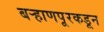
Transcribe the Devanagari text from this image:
बऱ्हाणपूरकडून